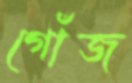
গোঁজ